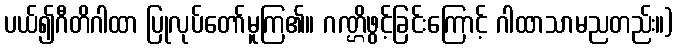
ပယ်၍ဂီတိဂါထာ ပြုလုပ်တော်မူကြ၏။ ဂဏ္ဌိဖွင့်ခြင်းကြောင့် ဂါထာသာမညတည်း။)